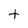
Character: t